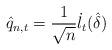
LaTeX: \begin{align*}\hat{q}_{n,t}= \frac{1}{\sqrt{n}}\dot{l}_{t}(\hat\delta)\end{align*}